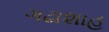
ગઢાશાહ